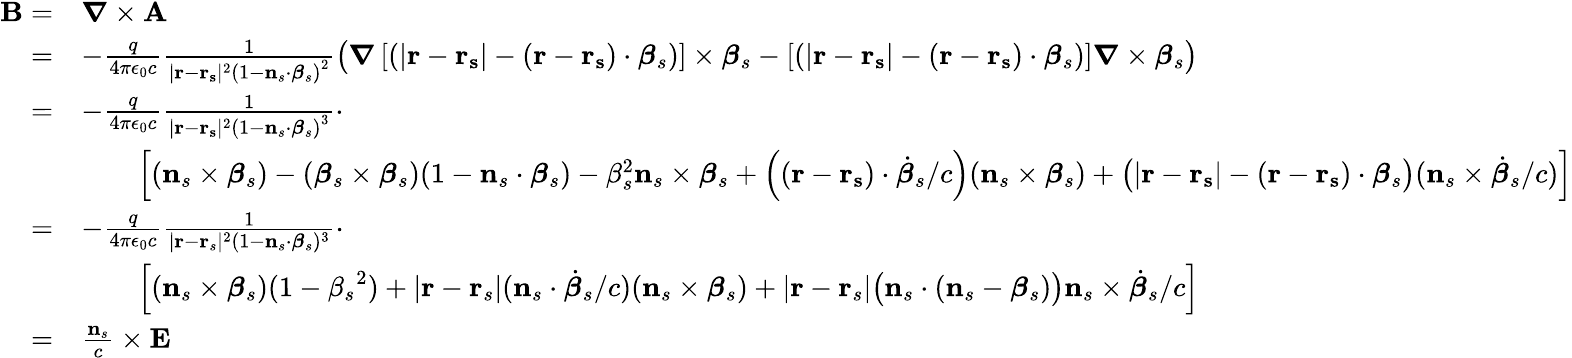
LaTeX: {\begin{array}{rl}{{\mathbf{B}}=}&{{\boldsymbol{\nabla}}\times\mathbf{A}}\\ {=}&{-{\frac{q}{4\pi\epsilon_{0}c}}{\frac{1}{|\mathbf{r}-\mathbf{r_{s}}|^{2}\left(1-\mathbf{n}_{s}\cdot{\boldsymbol{\beta}}_{s}\right)^{2}}}{\big(}{\boldsymbol{\nabla}}\left[\left(|\mathbf{r}-\mathbf{r_{s}}|-(\mathbf{r}-\mathbf{r_{s}})\cdot{\boldsymbol{\beta}}_{s}\right)\right]\times{\boldsymbol{\beta}}_{s}-\left[\left(|\mathbf{r}-\mathbf{r_{s}}|-(\mathbf{r}-\mathbf{r_{s}})\cdot{\boldsymbol{\beta}}_{s}\right)\right]{\boldsymbol{\nabla}}\times{\boldsymbol{\beta}}_{s}{\big)}}\\ {=}&{-{\frac{q}{4\pi\epsilon_{0}c}}{\frac{1}{|\mathbf{r}-\mathbf{r_{s}}|^{2}\left(1-\mathbf{n}_{s}\cdot{\boldsymbol{\beta}}_{s}\right)^{3}}}\cdot}\\ &{\qquad\left[(\mathbf{n}_{s}\times{\boldsymbol{\beta}}_{s})-({\boldsymbol{\beta}}_{s}\times{\boldsymbol{\beta}}_{s})(1-\mathbf{n}_{s}\cdot{\boldsymbol{\beta}}_{s})-{\beta}_{s}^{2}\mathbf{n}_{s}\times{\boldsymbol{\beta}}_{s}+\left((\mathbf{r}-\mathbf{r_{s}})\cdot{\dot{\boldsymbol{\beta}}}_{s}/c\right)(\mathbf{n}_{s}\times{\boldsymbol{\beta}}_{s})+{\big(}|\mathbf{r}-\mathbf{r_{s}}|-(\mathbf{r}-\mathbf{r_{s}})\cdot{\boldsymbol{\beta}}_{s}{\big)}(\mathbf{n}_{s}\times{\dot{\boldsymbol{\beta}}}_{s}/c)\right]}\\ {=}&{-{\frac{q}{4\pi\epsilon_{0}c}}{\frac{1}{|\mathbf{r}-\mathbf{r}_{s}|^{2}(1-\mathbf{n}_{s}\cdot{\boldsymbol{\beta}}_{s})^{3}}}\cdot}\\ &{\qquad\left[\left(\mathbf{n}_{s}\times{\boldsymbol{\beta}}_{s}\right)(1-{\beta_{s}}^{2})+|\mathbf{r}-\mathbf{r}_{s}|(\mathbf{n}_{s}\cdot{\dot{\boldsymbol{\beta}}}_{s}/c)(\mathbf{n}_{s}\times{\boldsymbol{\beta}}_{s})+|\mathbf{r}-\mathbf{r}_{s}|{\big(}\mathbf{n}_{s}\cdot(\mathbf{n}_{s}-{\boldsymbol{\beta}}_{s}){\big)}\mathbf{n}_{s}\times{\dot{\boldsymbol{\beta}}}_{s}/c\right]}\\ {=}&{{\frac{\mathbf{n}_{s}}{c}}\times\mathbf{E}}\end{array}}